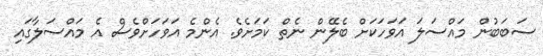
ސަބަބުން މައްސަލަ އަވަހަކަށް ބެލޭން ނެތް ކަމަށެވެ. އެންމެ އަވަހަށްވެސް އެ މައްސަލާގައި